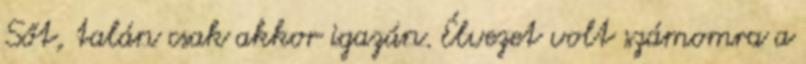
Sőt, talán csak akkor igazán. Élvezet volt számomra a